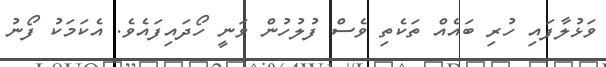
ވަޅުލާފައި ހުރި ބައެއް ތަކެތި ވެސް ފުލުހުން ވަނީ ހޯދައިފައެވެ. އެކަމަކު ފޯނު